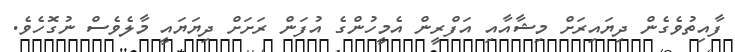
ފާއިތުވެގެން ދިޔައިރަށް މިޝާއާއި އަފްރީން އެމީހުންގެ އުފަން ރަށަށް ދިޔަޔައީ މާލެވެސް ނުގޮހެވެ.